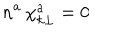
n ^ { a } \, \chi _ { k \bot } ^ { a } = 0